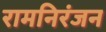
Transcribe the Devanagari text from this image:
रामनिरंजन